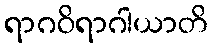
ရာဂဝိရာဂါယာတိ